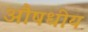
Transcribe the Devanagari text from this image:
अौषधीय